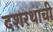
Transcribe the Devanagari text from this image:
दशरथाची